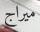
ميراج